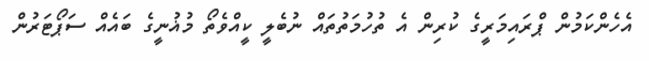
އެހެންކަމުން ޕްރައިމަރީގެ ކުރިން އެ ތުހުމަތުތައް ނުބެލީ ކީއްވެތޯ މުޣުނީގެ ބައެއް ސަޕޯޓަރުން